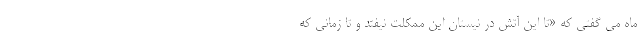
ماه می گفتی که «تا این آتش در نیستان این ممکلت نیفتد و تا زمانی که